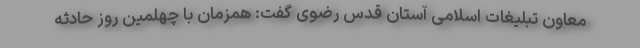
معاون تبلیغات اسلامی آستان قدس رضوی گفت: همزمان با چهلمین روز حادثه